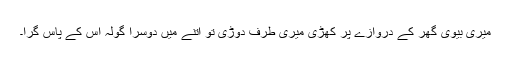
میری بیوی گھر کے دروازے پر کھڑی میری طرف دوڑی تو اتنے میں دوسرا گولہ اس کے پاس گرا۔